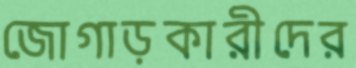
জোগাড়কারীদের